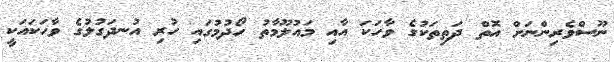
ނޫސްވެރިންނަށް އޮތް ދަތިތަކުގެ ވާހަކަ އާއި މައުލޫމާތު ހޯދުމުގައި ހުރި އުނދަގުލުގެ ވާހަކައަކީ